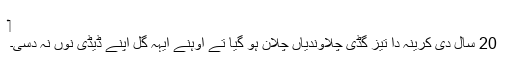
‏
20 سال دی کرینہ دا تیز گڈی چلاؤندیاں چلا‌ن ہو گیا تے اوہنے ایہہ گل اپنے ڈیڈی نُوں نہ دسی۔